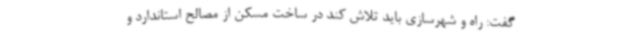
گفت: راه و شهرسازی باید تلاش کند در ساخت مسکن از مصالح استاندارد و